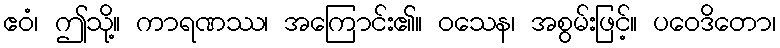
ဧဝံ၊ ဤသို့။ ကာရဏဿ၊ အကြောင်း၏။ ဝသေန၊ အစွမ်းဖြင့်။ ပဝေဒိတော၊